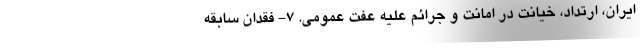
ایران، ارتداد، خیانت در امانت و جرائم علیه عفت عمومی. ۷- فقدان سابقه